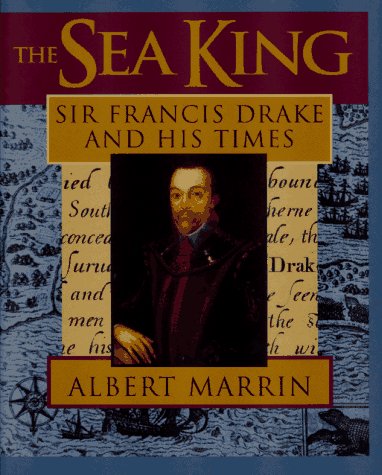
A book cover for The Sea King: Sir Francis Drake and His Times; Albert Marrin; Children's Books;